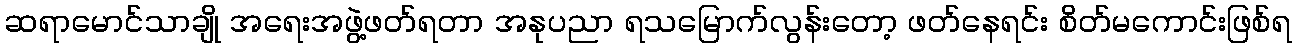
ဆရာမောင်သာချို အရေးအဖွဲ့ဖတ်ရတာ အနုပညာ ရသမြောက်လွန်းတော့ ဖတ်နေရင်း စိတ်မကောင်းဖြစ်ရ